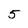
Character: 5